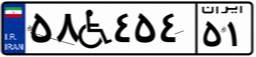
۳۲W۳۶۹۱۰